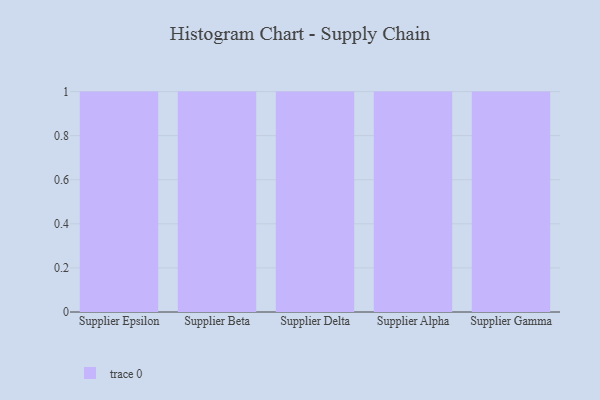
{"axis": {"x": "Supplier", "y": "Demand Index"}, "legend": [""], "data": [{"x": "Supplier Epsilon", "y": 39, "type": ""}, {"x": "Supplier Beta", "y": 74, "type": ""}, {"x": "Supplier Delta", "y": 88, "type": ""}, {"x": "Supplier Alpha", "y": 46, "type": ""}, {"x": "Supplier Gamma", "y": 94, "type": ""}]}